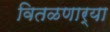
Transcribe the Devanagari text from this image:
वितळणार्‍या